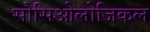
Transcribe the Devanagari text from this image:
सोसिओलोजिकल